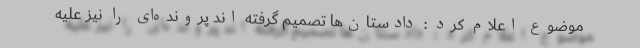
موضوع اعلام کرد : دادستان‌ها تصمیم گرفته اند پرونده‌ای را نیز علیه